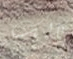
بالك